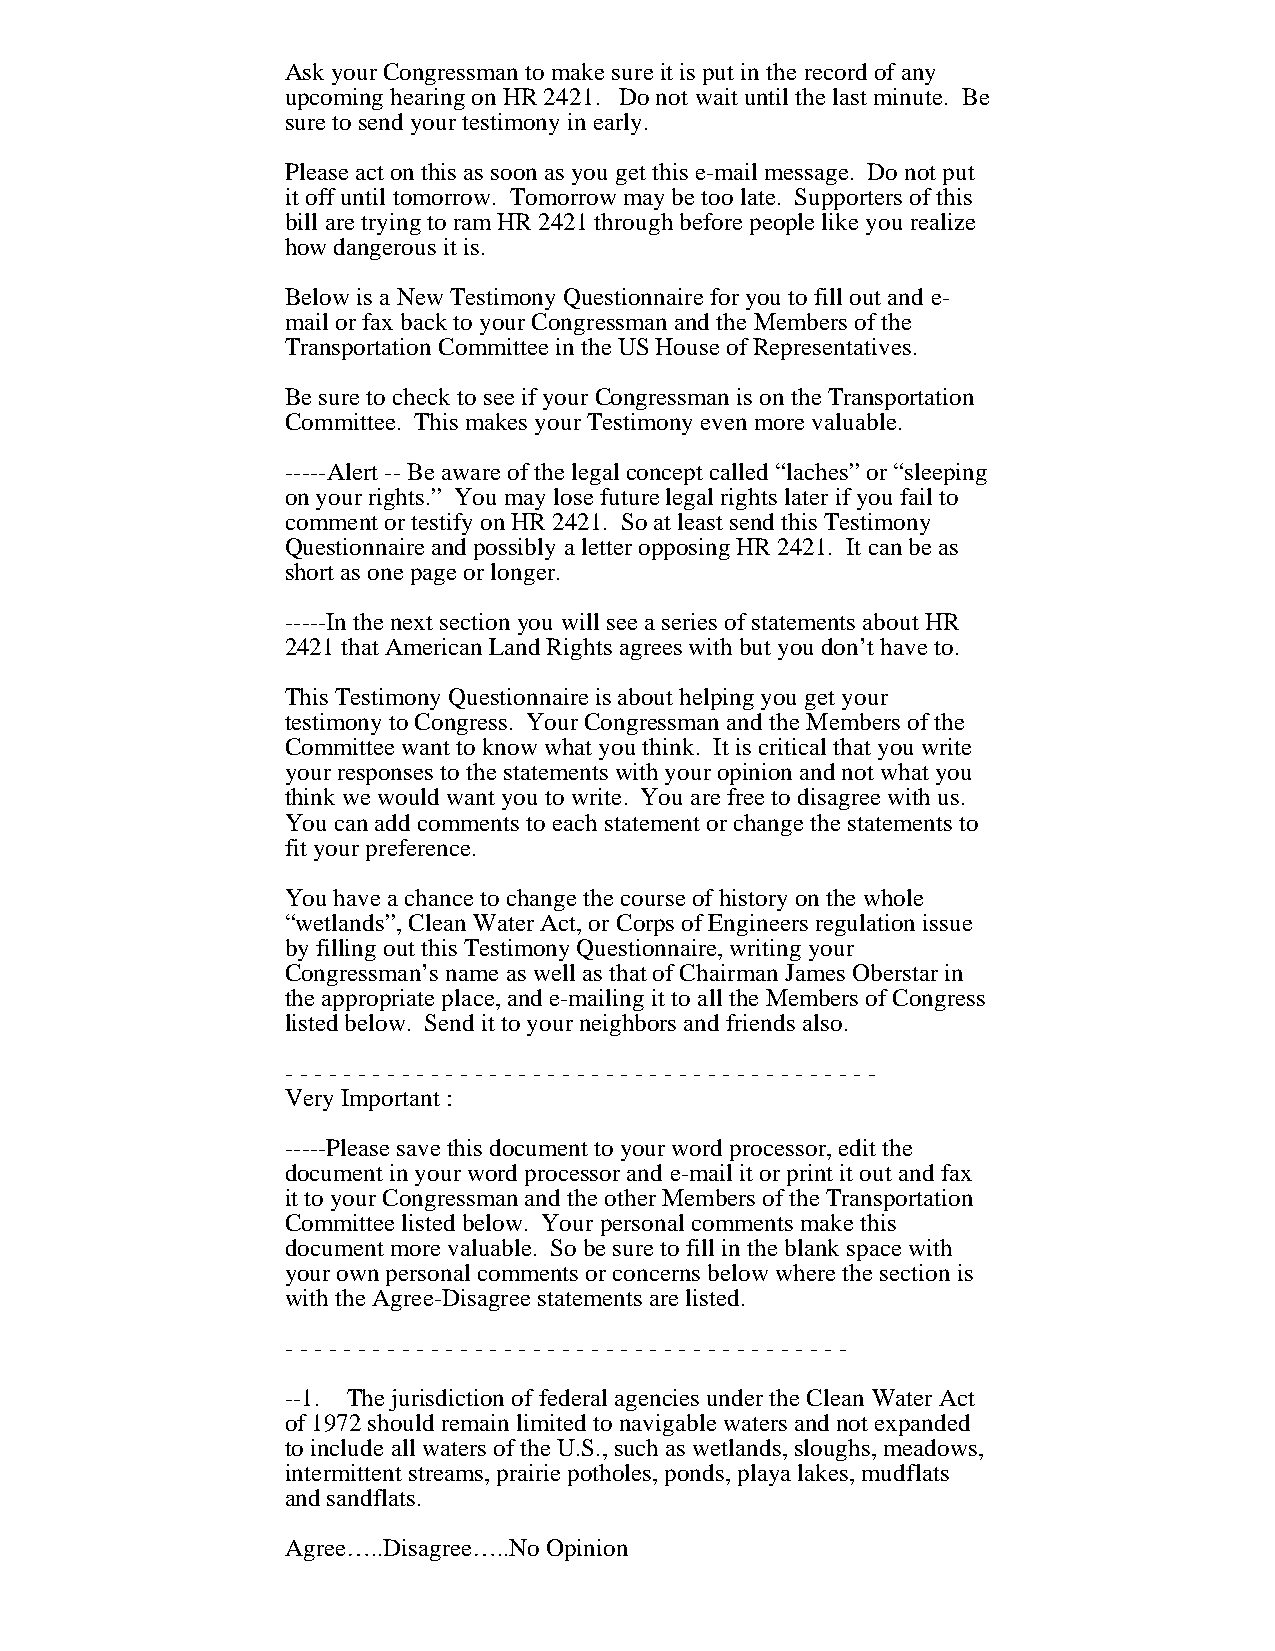
Ask your Congressman to make sure it is put in the record of any
 upcoming hearing on HR 2421. Do not wait until the last minute. Be
 sure to send your testimony in early.
 Please act on this as soon as you get this e-mail message. Do not put
 it off until tomorrow. Tomorrow may be too late. Supporters of this
 bill are trying to ram HR 2421 through before people like you realize
 how dangerous it is.
 Below is a New Testimony Questionnaire for you to fill out and e-
 mail or fax back to your Congressman and the Members of the
 Transportation Committee in the US House of Representatives.
 Be sure to check to see if your Congressman is on the Transportation
 Committee. This makes your Testimony even more valuable.
 -----Alert -- Be aware of the legal concept called “laches” or “sleeping
 on your rights.” You may lose future legal rights later if you fail to
 comment or testify on HR 2421. So at least send this Testimony
 Questionnaire and possibly a letter opposing HR 2421. It can be as
 short as one page or longer.
 -----In the next section you will see a series of statements about HR
 2421 that American Land Rights agrees with but you don’t have to.
 This Testimony Questionnaire is about helping you get your
 testimony to Congress. Your Congressman and the Members of the
 Committee want to know what you think. It is critical that you write
 your responses to the statements with your opinion and not what you
 think we would want you to write. You are free to disagree with us.
 You can add comments to each statement or change the statements to
 fit your preference.
 You have a chance to change the course of history on the whole
 “wetlands”, Clean Water Act, or Corps of Engineers regulation issue
 by filling out this Testimony Questionnaire, writing your
 Congressman’s name as well as that of Chairman James Oberstar in
 the appropriate place, and e-mailing it to all the Members of Congress
 listed below. Send it to your neighbors and friends also.
 - - - - - - - - - - - - - - - - - - - - - - - - - - - - - - - - - - - - - - - - -
 Very Important :
 -----Please save this document to your word processor, edit the
 document in your word processor and e-mail it or print it out and fax
 it to your Congressman and the other Members of the Transportation
 Committee listed below. Your personal comments make this
 document more valuable. So be sure to fill in the blank space with
 your own personal comments or concerns below where the section is
 with the Agree-Disagree statements are listed.
 - - - - - - - - - - - - - - - - - - - - - - - - - - - - - - - - - - - - - - -
 --1. The jurisdiction of federal agencies under the Clean Water Act
 of 1972 should remain limited to navigable waters and not expanded
 to include all waters of the U.S., such as wetlands, sloughs, meadows,
 intermittent streams, prairie potholes, ponds, playa lakes, mudflats
 and sandflats.
 Agree…..Disagree…..No Opinion